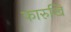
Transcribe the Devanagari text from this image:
फारुखि